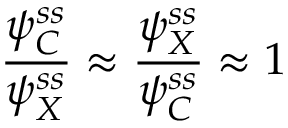
\frac { \psi _ { C } ^ { s s } } { \psi _ { X } ^ { s s } } \approx \frac { \psi _ { X } ^ { s s } } { \psi _ { C } ^ { s s } } \approx 1